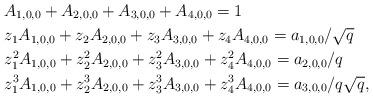
LaTeX: \begin{align*}&A_{1,0,0}+A_{2,0,0}+A_{3,0,0}+A_{4,0,0}=1\\&z_1A_{1,0,0}+z_2A_{2,0,0}+z_3A_{3,0,0}+z_4A_{4,0,0}=a_{1,0,0}/\sqrt{q}\\&z_1^2A_{1,0,0}+z_2^2A_{2,0,0}+z_3^2A_{3,0,0}+z_4^2A_{4,0,0}=a_{2,0,0}/{q}\\&z_1^3A_{1,0,0}+z_2^3A_{2,0,0}+z_3^3A_{3,0,0}+z_4^3A_{4,0,0}=a_{3,0,0}/q\sqrt{q},\end{align*}